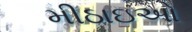
મીઠાઇઓ